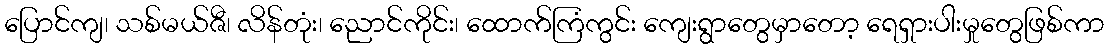
ပြောင်ကျ၊ သစ်မယ်ဇီ၊ လိန်တုံး၊ ညောင်ကိုင်း၊ ထောက်ကြံကွင်း ကျေးရွာတွေမှာတော့ ရေရှားပါးမှုတွေဖြစ်ကာ